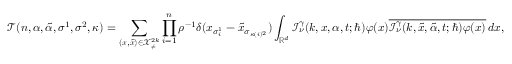
\mathcal { T } ( n , \alpha , \tilde { \alpha } , \sigma ^ { 1 } , \sigma ^ { 2 } , \kappa ) = \sum _ { ( \boldsymbol { x } , \boldsymbol { \tilde { x } } ) \in \mathcal { X } _ { \neq } ^ { 2 k } } \prod _ { i = 1 } ^ { n } \rho ^ { - 1 } \delta ( x _ { \sigma _ { i } ^ { 1 } } - \tilde { x } _ { \sigma _ { \kappa ( i ) ^ { 2 } } } ) \int _ { \mathbb { R } ^ { d } } \mathcal { I } _ { \nu } ^ { \gamma } ( k , \boldsymbol { x } , \alpha , t ; \hbar ) \varphi ( x ) \overline { { \mathcal { I } _ { \nu } ^ { \gamma } ( k , \boldsymbol { \tilde { x } } , \tilde { \alpha } , t ; \hbar ) \varphi ( x ) } } \, d x ,